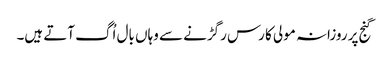
گنج پر روزانہ مولی کا رس رگڑنے سے وہاں بال اُگ آتے ہیں۔